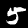
Digit: 5